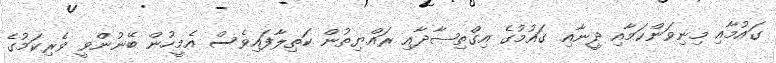
ގައުމާއި މިނިވަންކަމާއި ދީނާއި ގައުމުގެ އިގްތިޞާދާއި ރައްޔިތުން ކަތިލާފައިވެސް އެމީހުން ބޭނުންވީ ވެރިކަމުގެ